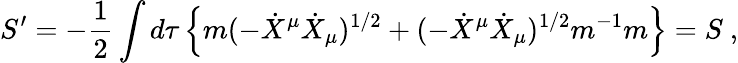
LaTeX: S^{\prime}=-{\frac{1}{2}}\int d\tau\left\{ m(-{\dot{X}}^{\mu}{\dot{X}}_{\mu})^{1/2}+(-{\dot{X}}^{\mu}{\dot{X}}_{\mu})^{1/2}m^{-1}m\right\} =S\ ,